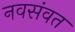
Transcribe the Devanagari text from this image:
नवसंवत